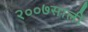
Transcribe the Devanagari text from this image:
२००७साली